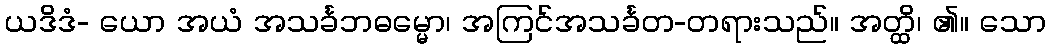
ယဒိဒံ- ယော အယံ အသင်္ခဘဓမ္မော၊ အကြင်အသင်္ခတ-တရားသည်။ အတ္ထိ၊ ၏။ သော